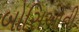
બોસિઓની